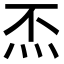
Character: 㶨